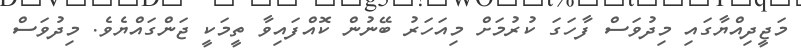
މަޖީދިއްޔާގައި މިދުވަސް ފާހަގަ ކުރުމަށް މިއަހަރު ބޭނުން ކޮއްފައިވާ ތީމަކީ ޖަންގައްޔެވެ. މިދުވަސް